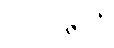
ပရိဘုဉ္ဇတိ